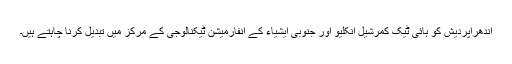
آندھراپردیش کو ہائی ٹیک کمرشیل انکلیو اور جنوبی ایشیاء کے انفارمیشن ٹیکنالوجی کے مرکز میں تبدیل کرنا چاہتے ہیں۔